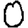
Digit: 0